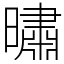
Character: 㬘